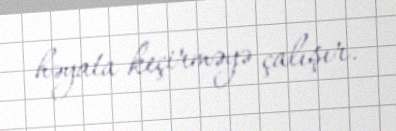
həyata keçirməyə çalışır.